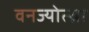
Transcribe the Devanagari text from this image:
वनज्योत्स्ना